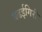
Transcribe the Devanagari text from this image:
बढईगिरी